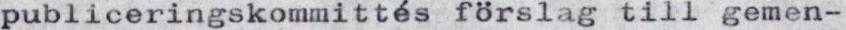
publiceringskommittés förslag till gemen-